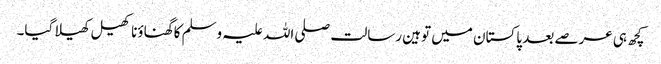
کچھ ہی عرصے بعد پاکستان میں توہین رسالت صلی اللہ علیہ وسلم کا گھناؤنا کھیل کھیلا گیا۔